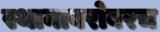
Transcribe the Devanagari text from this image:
स्थानाबरोबरच